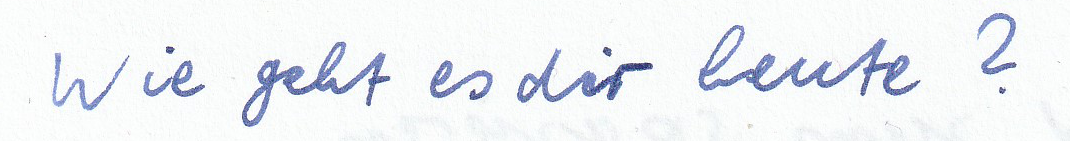
Wie geht es dir heute?